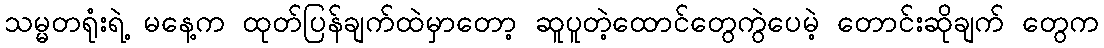
သမ္မတရုံးရဲ့ မနေ့က ထုတ်ပြန်ချက်ထဲမှာတော့ ဆူပူတဲ့ထောင်တွေကွဲပေမဲ့ တောင်းဆိုချက် တွေက